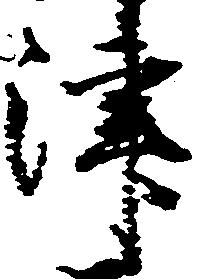
津